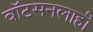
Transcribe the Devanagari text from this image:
वाॅटसनलाही